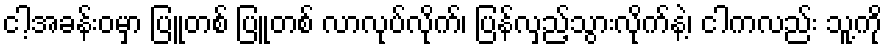
ငါ့အခန်းဝမှာ ပြူတစ် ပြူတစ် လာလုပ်လိုက်၊ ပြန်လှည့်သွားလိုက်နဲ့၊ ငါကလည်း သူ့ကို